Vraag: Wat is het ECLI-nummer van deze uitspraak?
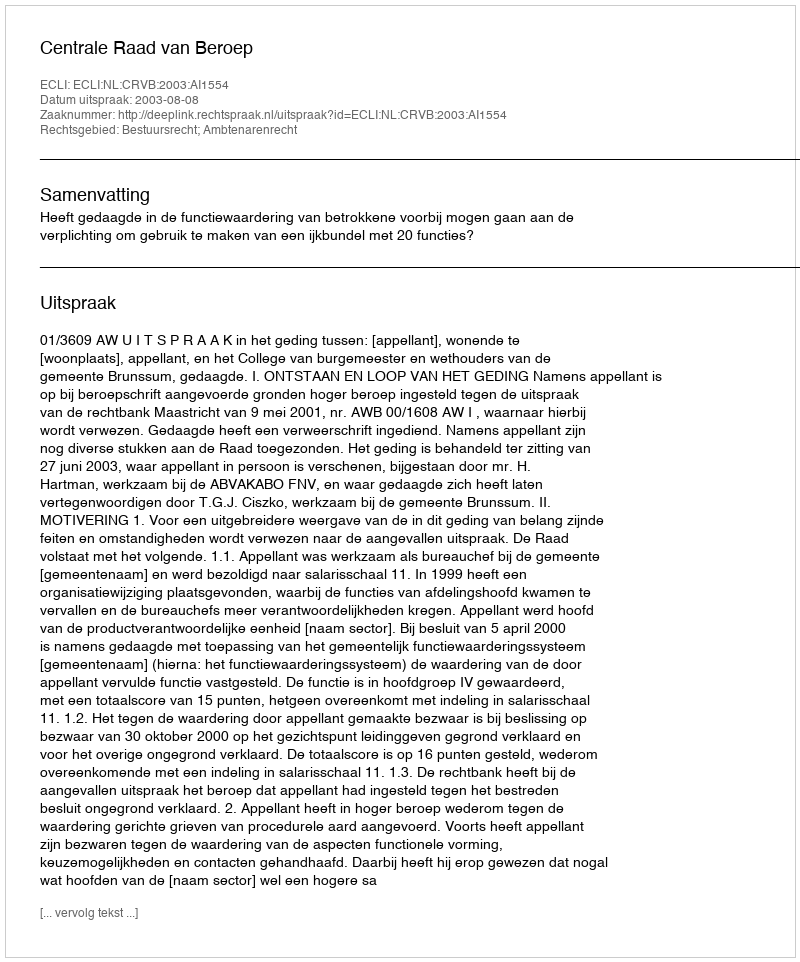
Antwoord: ECLI:NL:CRVB:2003:AI1554